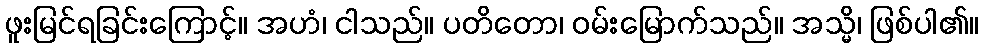
ဖူးမြင်ရခြင်းကြောင့်။ အဟံ၊ ငါသည်။ ပတိတော၊ ဝမ်းမြောက်သည်။ အသ္မိ၊ ဖြစ်ပါ၏။